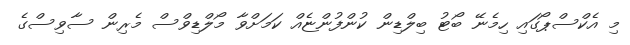
މި އެކްސްޕޯގައި ހިމެނޭ ބޯޓު ބިލްޑިން ކުންފުންޏެއް ކަމަށްވާ މޯލްޑިވްސް މެރިން ސާވިސްގެ